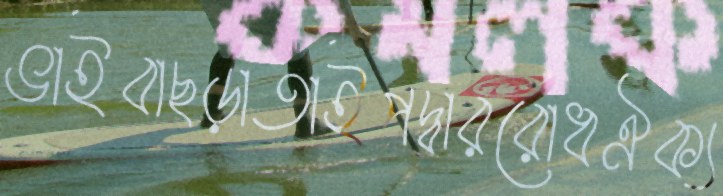
ভাইবাছড়াতাইপদ্বাররোধঐক্য